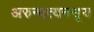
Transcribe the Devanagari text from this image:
अरुन्धत्यनसूय